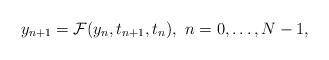
\begin{align*}y_{n+1} = \mathcal{F}(y_{n}, t_{n+1}, t_{n}), \ n=0,\ldots,N-1,\end{align*}